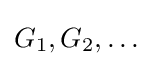
G_{1},G_{2},\ldots